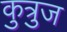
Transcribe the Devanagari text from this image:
कुत्रुज